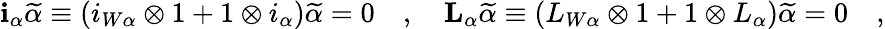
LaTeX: \mathbf{i}_{\alpha}\widetilde\alpha\equiv(i_{W\alpha}\otimes 1+1\otimes i_{\alpha})\widetilde\alpha=0\quad,\quad\mathbf{L}_{\alpha}\widetilde\alpha\equiv(L_{W\alpha}\otimes 1+1\otimes L_{\alpha})\widetilde\alpha=0\quad,